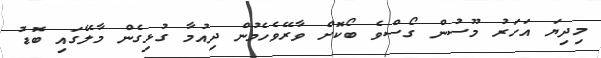
މިދިޔަ އަހަރު މޫސުން ގޯސްވެ ބޯކޮށް ވާރޭވެހެމުން ދިއުމާ ގުޅިގެން މާލޭގައި ބޮޑު